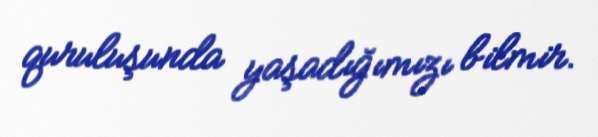
quruluşunda yaşadığımızı bilmir.